Epidemic dropsy in Calcutta - Number 45
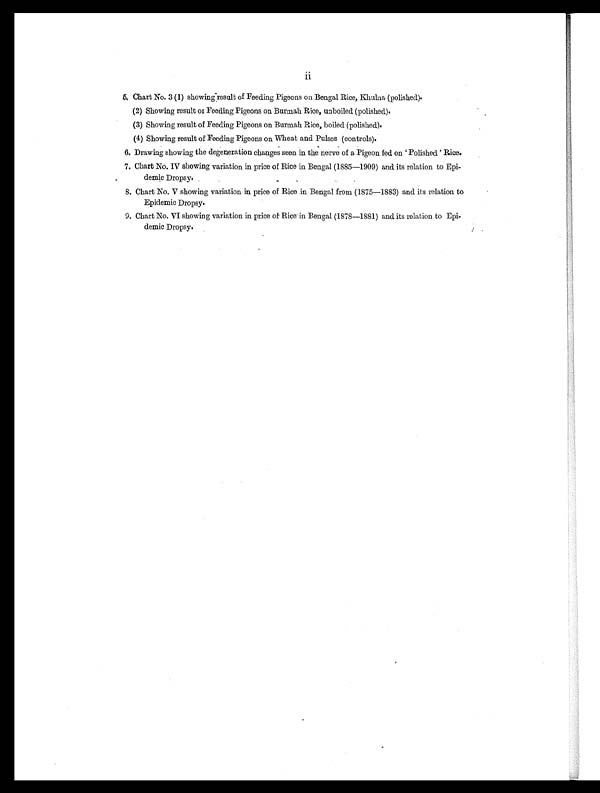
5. Chart No. 3 (1) showing"result of Feeding Pigeons on Bengal Rice, Khulna (polished).
(2) Showing result or Feeding Pigeons on Burmah Rice, unboiled (polished).
(3) Showing result of Feeding Pigeons on Burmah Rice, boiled (polished).
(4) Showing result of Feeding Pigeons on Wheat and Pulses (controls).
6. Drawing showing the degeneration changes seen in the nerve of a Pigeon fed on ' Polished ' Rice.
7. Chart No. IV showing variation in price of Rice in Bengal (1885—1909) and its relation to Epi-
demic Dropsy.
8. Chart No. V showing variation in price of Rice in Bengal from (1875—1883) and its relation to
Epidemic Dropsy.
9. Chart No. VI showing variation in price of Rice in Bengal (1878—1881) and its relation to Epi-
demic Dropsy.